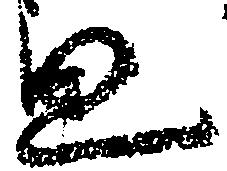
思